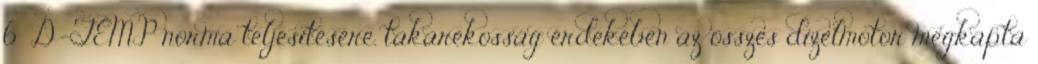
6 D-TEMP norma teljesítésére. takarékosság érdekében az összes dízelmotor megkapta